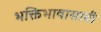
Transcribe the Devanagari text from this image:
भक्तिभावासाठी